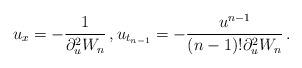
LaTeX: \begin{align*} u_x=-\frac{1}{\partial_u^{2} W_n}\, , u_{t_{n-1}}=-\frac{u^{n-1}}{(n-1)!\partial_u^{2} W_n}\, . \end{align*}